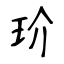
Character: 玠